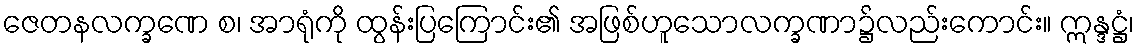
ဇေတနလက္ခဏေ စ၊ အာရုံကို ထွန်းပြကြောင်း၏ အဖြစ်ဟူသောလက္ခဏာ၌လည်းကောင်း။ ဣန္ဒဋ္ဌံ၊